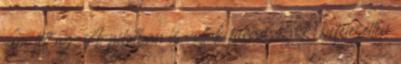
nem lett az. A pilotban is voltak furcsaságok, befejezetlen